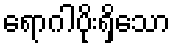
ရောဂါပိုးရှိသော